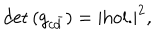
LaTeX: \det { ( g _ { c { \bar { d } } } ) } = | \mathrm { h o l . } | ^ { 2 } ,